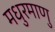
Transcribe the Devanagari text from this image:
मधुरमाणु